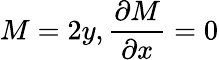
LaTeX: M=2y,{\frac{\partial M}{\partial x}}=0